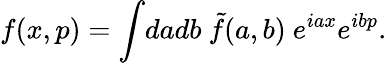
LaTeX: f(x,p)=\int\! dadb~\tilde{f}(a,b)~e^{iax}e^{ibp}.